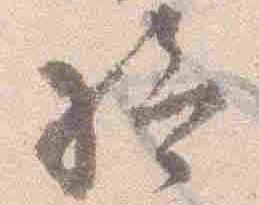
給